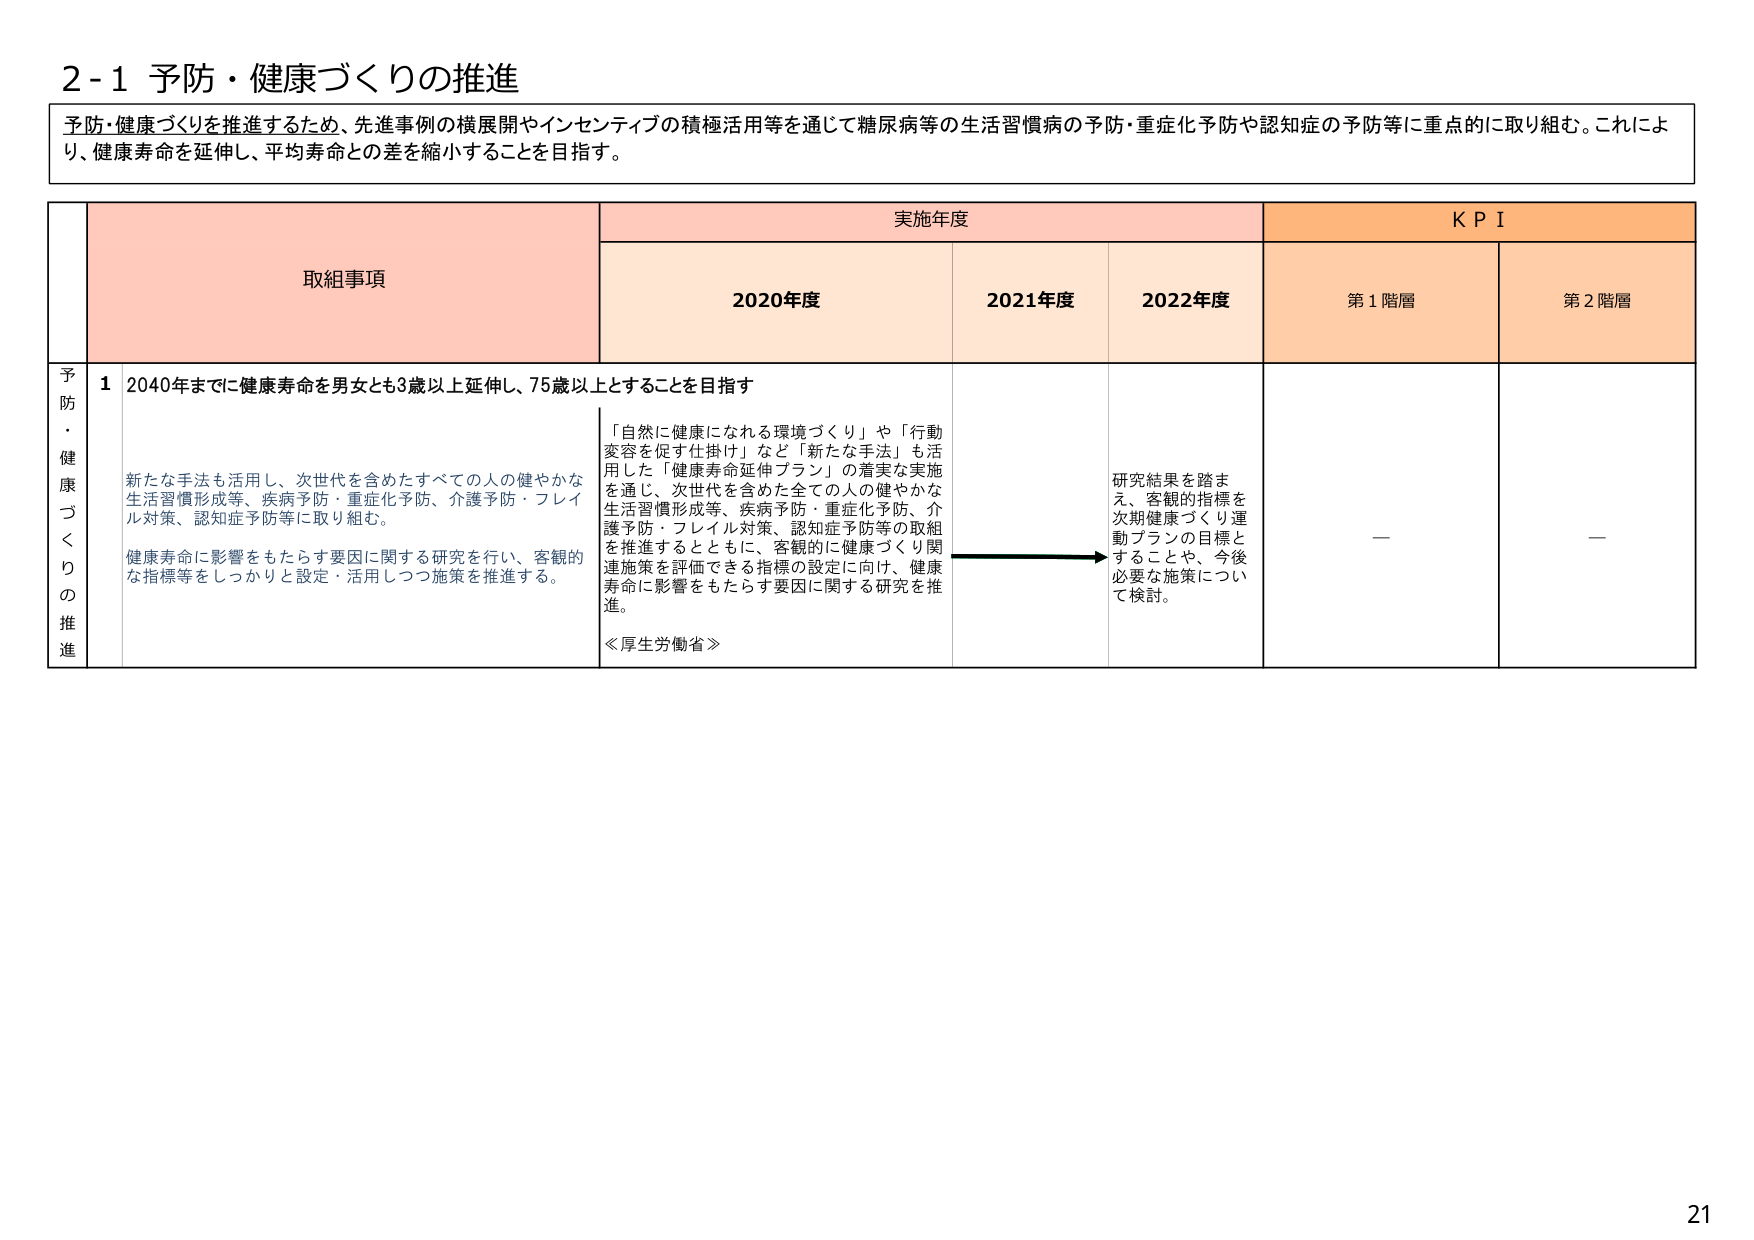
2-1 予防・健康づくりの推進

予防・健康づくりを推進するため、先進事例の横展開やインセンティブの積極活用等を通じて糖尿病等の生活習慣病の予防・重症化予防や認知症の予防等に重点的に取り組む。これにより、健康寿命を延伸し、平均寿命との差を縮小することを目指す。

取組事項 実施年度 KPI
2020年度 2021年度 2022年度 第1階層 第2階層

予防・健康づくりの推進 1 2040年までに健康寿命を男女とも3歳以上延伸し、75歳以上とすることを目指す

新たな手法も活用し、次世代を含めたすべての人の健やかな生活習慣形成等、疾病予防・重症化予防、介護予防・フレイル対策、認知症予防等に取り組む。

健康寿命に影響をもたらす要因に関する研究を行い、客観的な指標等をしっかり設定・活用しつつ施策を推進する。

「自然に健康になれる環境づくり」や「行動変容を促す仕掛け」など「新たな手法」も活用した「健康寿命延伸プラン」の着実な実施を通じ、次世代を含めた全ての人の健やかな生活習慣形成等、疾病予防・重症化予防、介護予防・フレイル対策、認知症予防等の取組を推進するとともに、客観的に健康づくり関連施策を評価できる指標の設定に向け、健康寿命に影響をもたらす要因に関する研究を推進。

≪厚生労働省≫

研究結果を踏まえ、客観的指標を次期健康づくり運動プランの目標とすることや、今後必要な施策について検討。

—

—

21